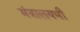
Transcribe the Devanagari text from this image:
मंत्रालयभी